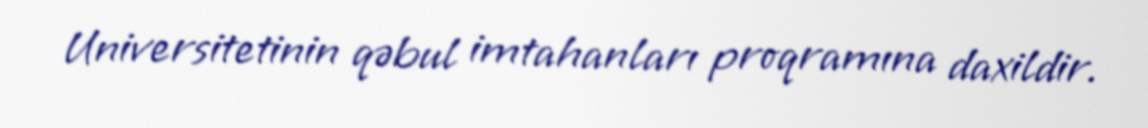
Universitetinin qəbul imtahanları proqramına daxildir.